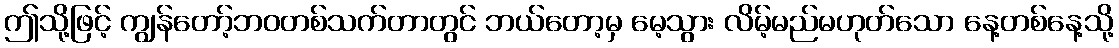
ဤသို့ဖြင့် ကျွန်တော့်ဘဝတစ်သက်တာတွင် ဘယ်တော့မှ မေ့သွား လိမ့်မည်မဟုတ်သော နေ့တစ်နေ့သို့